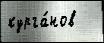
курга́нов